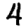
Digit: 4